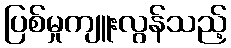
ပြစ်မှုကျူးလွန်သည့်